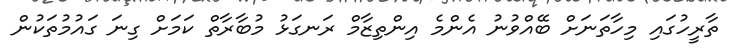
ތާރީހުގައި މިހާތަނަށް ބޭއްވުނު އެންމެ އިންތިޒާމް ރަނގަޅު މުބާރާތް ކަމަށް ގިނަ ގައުމުތަކުން